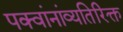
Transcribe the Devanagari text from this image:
पक्वांनांव्यतिरिक्त